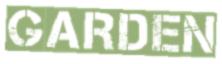
GARDEN